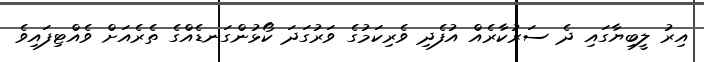
އިރު ލީބިޔާގައި ދެ ސަރުކާރެއް އުފެދި ވެރިކަމުގެ ވަރުގަދަ ކޯޅުންގަނޑެއްގެ ތެރެއަށް ވެއްޓިފައިވެ